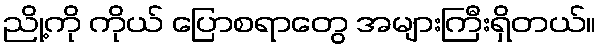
ညို့ကို ကိုယ် ပြောစရာတွေ အများကြီးရှိတယ်။